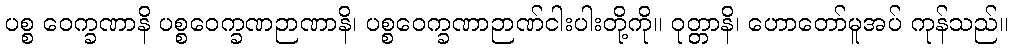
ပစ္စ ဝေက္ခဏာနိ ပစ္စဝေက္ခဏဉာဏာနိ၊ ပစ္စဝေက္ခဏာဉာဏ်ငါးပါးတို့ကို။ ဝုတ္တာနိ၊ ဟောတော်မူအပ် ကုန်သည်။